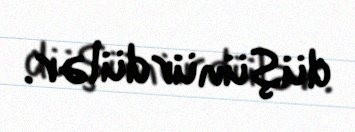
düşünürdülər.